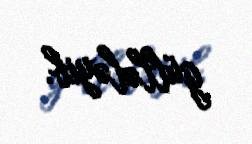
güllələyib.